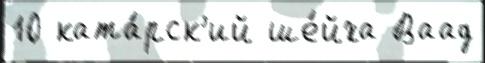
10 ката́рск'ий ше́йха Ваад